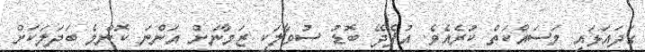
ގަދައަޅައި މަސައްކަތް ކުރެއެވެ. އުފެދޭ ބޮޑު ސުވާލަކީ ޒަމާނަށް އަންނަ ކޮންމެ ބަދަލަކަށް